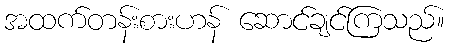
အထက်တန်းစားဟန် ဆောင်ချင်ကြသည်။